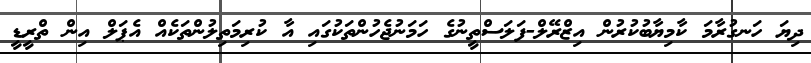
ދިޔަ ހަނގުރާމަ ކާމިޔާބުކުރުން އިޒްރޭލް-ފަލަސްތީނުގެ ހަމަނުޖެހުންތަކުގައި އާ ކުރިމަތިލުންތަކެއް އެޕަލް އިން ތްރީޑީ